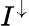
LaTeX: I^{\downarrow}